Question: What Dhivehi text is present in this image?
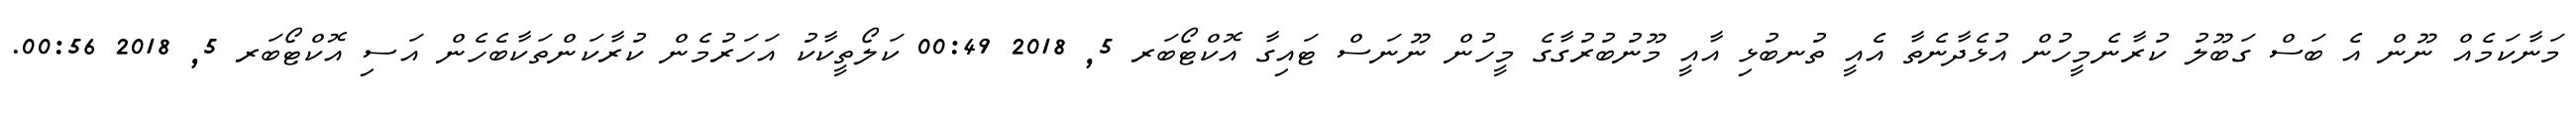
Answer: މަނާކަމެއް ނޫން އެ ބަސް ގަބޫލު ކުރާނެމީހުން އުޅެދާނެތާ އެއީ ތުނބުޅި އާއީ މޫނުބުރުގާގެ މީހުން ނޫނަސް ޓައިގާ އޮކްޓޯބަރ 5, 2018 00:49 ކަލޯތީކާކު އަހަރުމެން ކުރާކަންތަކާބެހެން އަސި އޮކްޓޯބަރ 5, 2018 00:56.